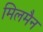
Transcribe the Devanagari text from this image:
मिलमैन